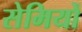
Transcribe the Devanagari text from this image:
सेमियों